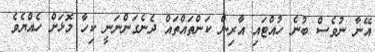
އޭނާ ނުވެސް ބުނެ ހުއްޓައި އާރިން ކަންތައްތައް ދެނެގަންނަނީ ކިހާ މޮޅަށް ހެއްޔެވެ